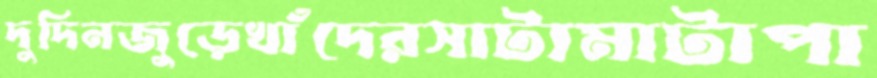
দুদিনজুড়েখাঁদেরসাটামাটাপা